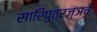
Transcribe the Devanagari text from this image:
सारिपुत्रज्ञचे